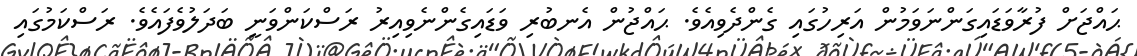
ޙައްޖަށް ފުރާވަޑައިގަންނަވަމުން އަރިހުގައި ގެންދެވިއެވެ. ޙައްޖުން އެނބުރި ވަޑައިގެންނެވިއިރު ރަސްކަންވަނީ ބަދަލުވެފައެވެ. ރަސްކަމުގައި